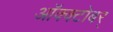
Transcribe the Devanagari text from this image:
ऑक्क्टोबर्